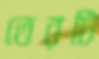
তেরটি